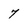
Character: 7